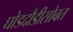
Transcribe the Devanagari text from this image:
घोडदौडीसोबत